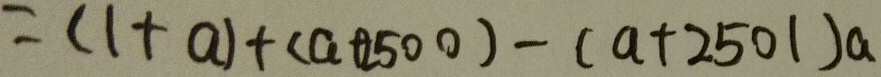
= ( 1 + a ) \times ( a + 2 5 0 0 ) - ( a + 2 5 0 1 ) \times a